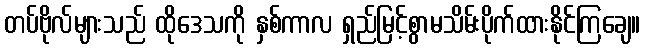
တပ်ဗိုလ်များသည် ထိုဒေသကို နှစ်ကာလ ရှည်မြင့်စွာမသိမ်းပိုက်ထားနိုင်ကြချေ။